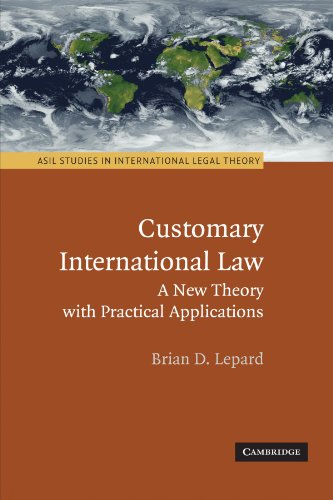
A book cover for Customary International Law: A New Theory with Practical Applications (ASIL Studies in International Legal Theory); Brian D. Lepard; Law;